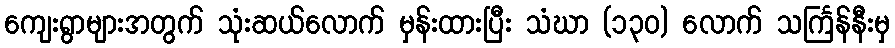
ကျေးရွာများအတွက် သုံးဆယ်လောက် မှန်းထားပြီး သံဃာ (၁၃၀) လောက် သင်္ကြန်နီးမှ